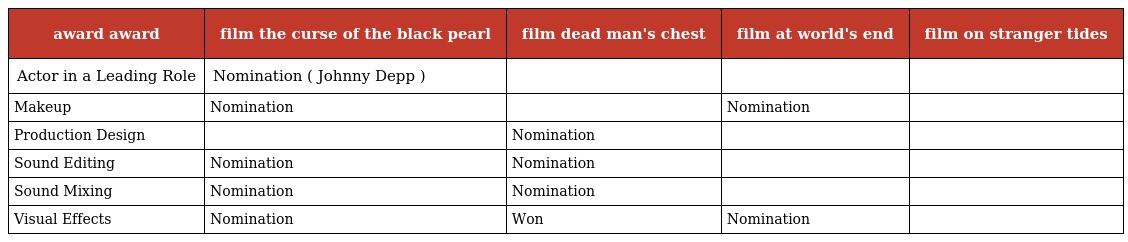
| award award | film the curse of the black pearl | film dead man's chest | film at world's end | film on stranger tides |
 | --- | --- | --- | --- | --- |
 | Actor in a Leading Role | Nomination ( Johnny Depp ) |  |  |  |
 | Makeup | Nomination |  | Nomination |  |
 | Production Design |  | Nomination |  |  |
 | Sound Editing | Nomination | Nomination |  |  |
 | Sound Mixing | Nomination | Nomination |  |  |
 | Visual Effects | Nomination | Won | Nomination |  |